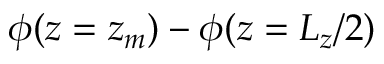
\phi ( z = \ensuremath { z _ { m } } ) - \phi ( z = L _ { z } / 2 )